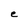
Character: e